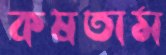
কষতাম